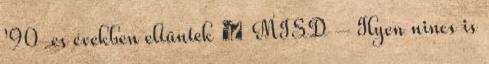
'90-es években eltűntek ● MISD – Ilyen nincs is